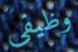
وظيفي